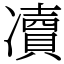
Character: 凟